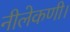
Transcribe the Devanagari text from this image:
नीलेकणी।